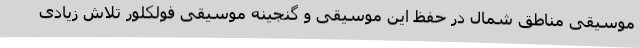
موسیقی مناطق شمال در حفظ این موسیقی و گنجینه موسیقی فولکلور تلاش زیادی